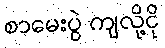
စာမေးပွဲ ကျလို့ငို